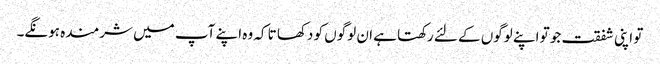
تو اپنی شفقت جو تو اپنے لوگوں کے لئے رکھتا ہے ان لوگوں کو دکھا تا کہ وہ اپنے آپ میں شرمندہ ہونگے۔